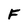
Character: F